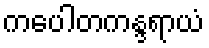
ကပေါတကန္ဒရာယံ